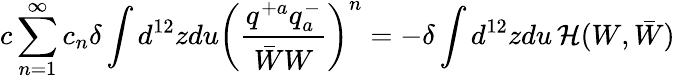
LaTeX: c\sum_{n=1}^{\infty}c_{n}\delta\int d^{12}zdu\left(\frac{q^{+a}q_{a}^{-}}{\bar{W}W}\right)^{n}=-\delta\int d^{12}zdu\, {\cal H}(W,\bar{W})